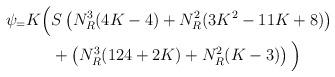
LaTeX: \begin{align*}\psi_ = K \Big(&{S}\left(N_R^3(4K-4) + N_R^2(3K^2 - 11K + 8)\right) \\& + \left(N_R^3(124 + 2K) + N_R^2(K-3)\right) \Big)\end{align*}